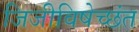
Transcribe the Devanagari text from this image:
जिजीविषेच्छंत